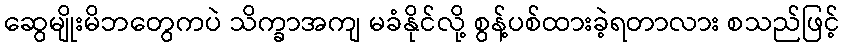
ဆွေမျိုးမိဘတွေကပဲ သိက္ခာအကျ မခံနိုင်လို့ စွန့်ပစ်ထားခဲ့ရတာလား စသည်ဖြင့်